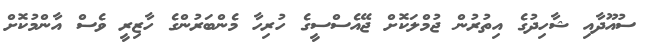
ސުއޫދާއި ޝާހިދުގެ އިތުރުން ޖުމްލަކޮށް ޖޭއެސްސީގެ ހުރިހާ މެންބަރުންގެ ހާޒިރީ ވެސް އާންމުކޮށް